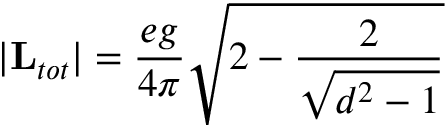
\vert { \bf L } _ { t o t } \vert = { \frac { e g } { 4 \pi } } \sqrt { 2 - { \frac { 2 } { \sqrt { d ^ { 2 } - 1 } } } }